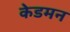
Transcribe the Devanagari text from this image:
केडमन